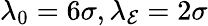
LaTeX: \lambda_{0}=6\sigma,\lambda_{\mathcal{E}}=2\sigma